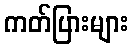
ကတ်ပြားများ